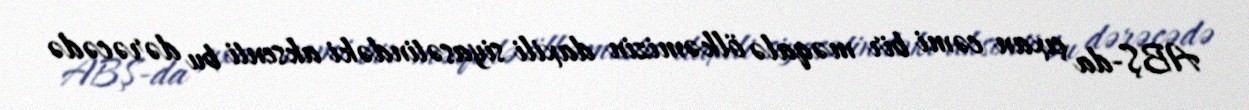
ABŞ-da çıxan cəmi bir məqalə ölkəmizin daxili siyasətindəki aksenti bu dərəcədə